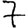
Digit: 7